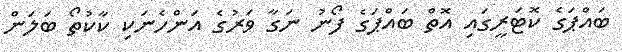
ބައްޕަގެ ކޮޓަރީގައި އޮތް ބައްޕަގެ ފޯނު ނަގާ ވަރުގެ އަންހެނަކި ކާކުތޯ ބަލަން